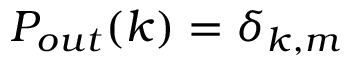
P _ { o u t } ( k ) = \delta _ { k , m }